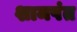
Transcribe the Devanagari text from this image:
शामपंत